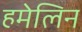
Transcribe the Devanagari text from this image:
हमेलिन